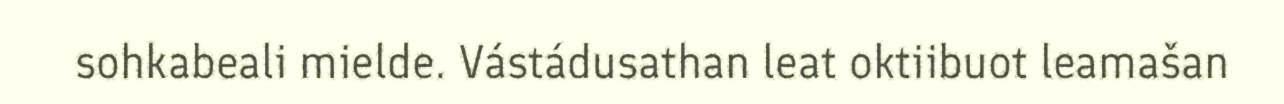
sohkabeali mielde. Vástádusathan leat oktiibuot leamašan